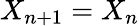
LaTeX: X_{n+1}=X_{n}